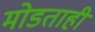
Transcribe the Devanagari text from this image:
मोडताही